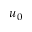
u _ { 0 }